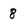
Character: 8